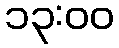
၁၃:၀၀